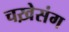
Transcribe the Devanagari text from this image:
चख़ेसंग